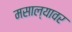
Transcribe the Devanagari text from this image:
मसाल्यावर